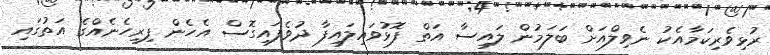
ރުޅިވެރިކަމާއެކު ނެވިލްއަށް ބަލަމުން ލައިސާ އަތް ފޮޅުވައިލައިފާ ދުވެފައިގޮސް އެހެން ފިރިހެނެއްގެ އަތުގައި